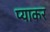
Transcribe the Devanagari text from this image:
प्याकर